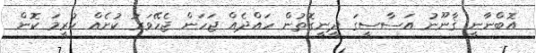
އޮބްނާނީ ޤާނޫނު އަސާސީގަ ދީނީގޮތުން ހައްދެއް ޖަހަން ޖެހޭވަރު ކުށެއް ކުރީމަ ކޮން